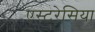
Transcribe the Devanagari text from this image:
एस्टरेसिया